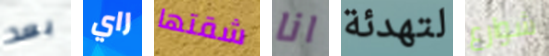
بعد راي شقتها انا لتهدئة شوارع